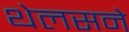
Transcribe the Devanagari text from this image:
थेलसने